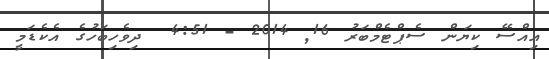
އިއްސޭ ކިޔަން ސެޕްޓެމްބަރު 16